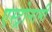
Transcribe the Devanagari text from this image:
एस्ट्रोनामी